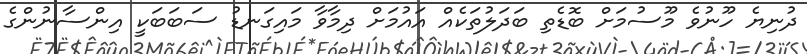
ދުނިޔެ ހޫނުވެ މޫސުމަށް ބޮޑެތި ބަދަލުތަކެއް އައުމަށް ދިމާވާ މައިގަނޑު ސަބަބަކީ އިންސާނުންގެ